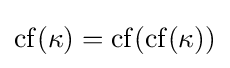
\operatorname {cf} (\kappa )=\operatorname {cf} (\operatorname {cf} (\kappa ))